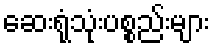
ဆေးရုံသုံးပစ္စည်းများ